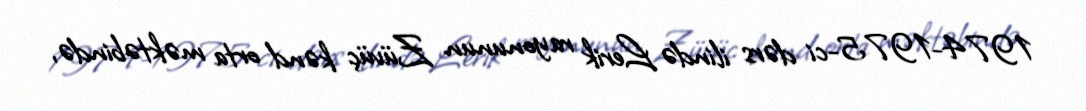
1974-1975-ci dərs ilində Lerik rayonunun Züvüç kənd orta məktəbində,